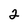
Character: 2